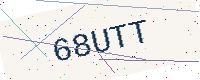
Text: 68UTT